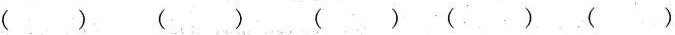
( ) ( ) ( ) ( ) ( )